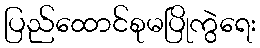
ပြည်ထောင်စုမပြိုကွဲရေး